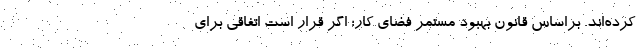
کرده‌اند. براساس قانون بهبود مستمر فضای کار؛ اگر قرار است اتفاقی برای